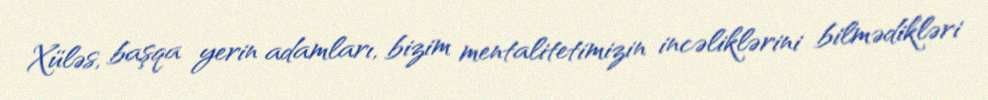
Xüləs, başqa yerin adamları, bizim mentalitetimizin incəliklərini bilmədikləri